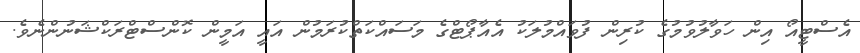
އެސްޓީއޯ އިން ހަވާލުވުމުގެ ކުރިން ފުވައްމުލަކު އެއާޕޯޓްގެ މަސައްކަތްކުރަމުން އައީ އަމީން ކޮންސްޓްރަކްޝަނުންނެވެ.